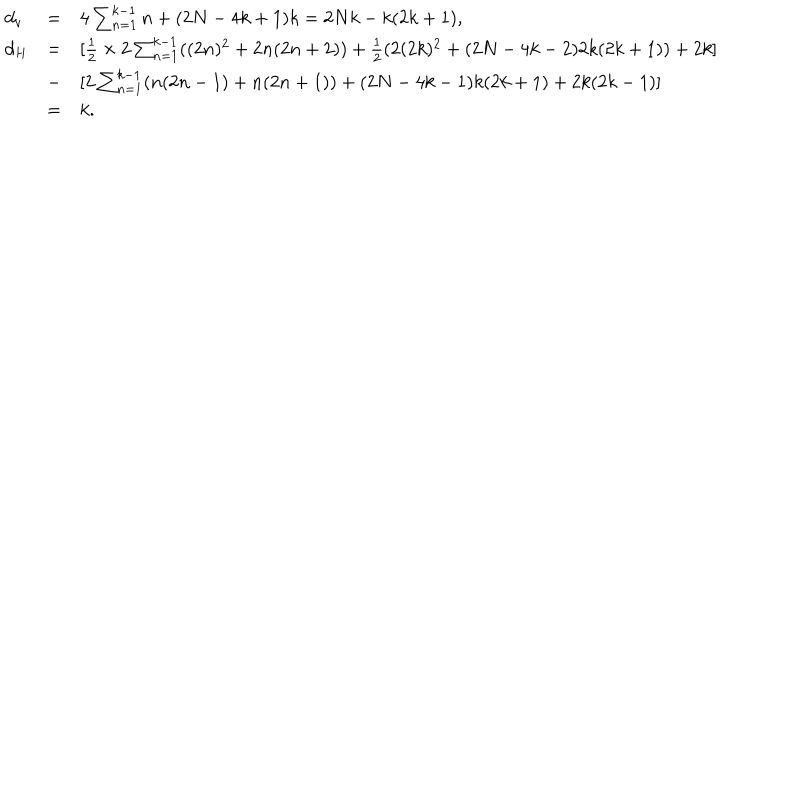
\begin{array} { l l l } { { d _ { v } } } & { { = } } & { { 4 \sum _ { n = 1 } ^ { k - 1 } n + ( 2 N - 4 k + 1 ) k = 2 N k - k ( 2 k + 1 ) , } } \\ { { d _ { H } } } & { { = } } & { { [ \frac { 1 } { 2 } \times 2 \sum _ { n = 1 } ^ { k - 1 } ( ( 2 n ) ^ { 2 } + 2 n ( 2 n + 2 ) ) + \frac { 1 } { 2 } ( 2 ( 2 k ) ^ { 2 } + ( 2 N - 4 k - 2 ) 2 k ( 2 k + 1 ) ) + 2 k ] } } \\ { { } } & { { - } } & { { [ 2 \sum _ { n = 1 } ^ { k - 1 } ( n ( 2 n - 1 ) + n ( 2 n + 1 ) ) + ( 2 N - 4 k - 1 ) k ( 2 k + 1 ) + 2 k ( 2 k - 1 ) ] } } \\ { { } } & { { = } } & { { k . } } \\ \end{array}